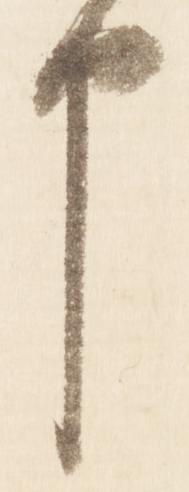
申